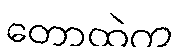
တောထဲက